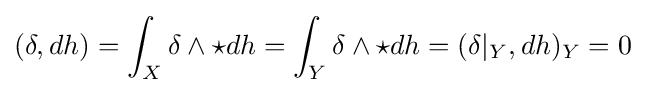
(\delta ,dh)=\int _{X}\delta \wedge \star dh=\int _{Y}\delta \wedge \star dh=(\delta |_{Y},dh)_{Y}=0